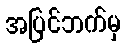
အပြင်ဘက်မှ